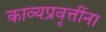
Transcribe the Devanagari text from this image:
काव्यप्रवृत्तींना